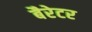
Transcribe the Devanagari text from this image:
बैरेटर